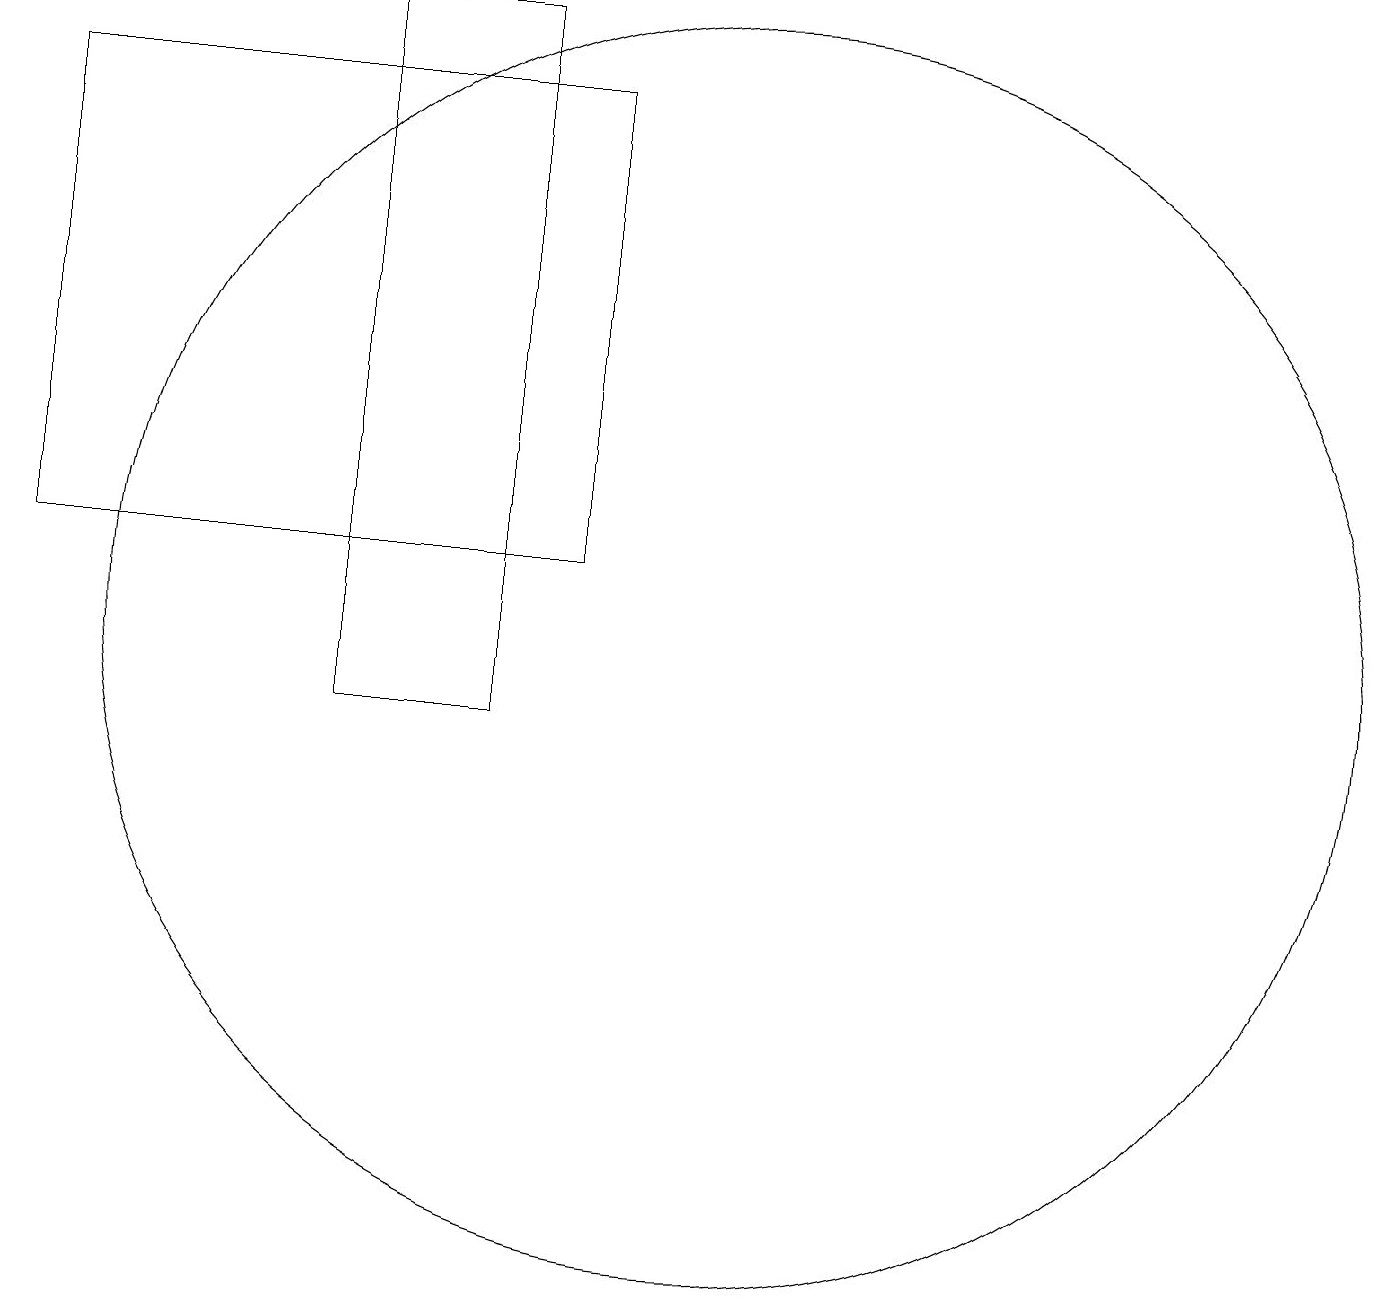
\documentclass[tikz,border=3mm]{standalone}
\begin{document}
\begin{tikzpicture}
\draw (8,12) rectangle (1,18);
\draw (10,11) circle (8);
\draw (7,19) rectangle (5,10);
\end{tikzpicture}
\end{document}